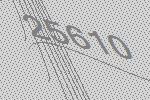
25610